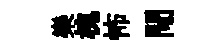
樂槐怖閜